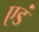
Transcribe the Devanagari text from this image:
एडं